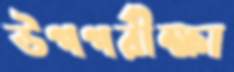
উপপরীক্ষা